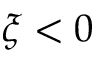
\xi < 0